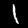
Label: 1